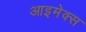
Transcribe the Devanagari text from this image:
आइमेक्स